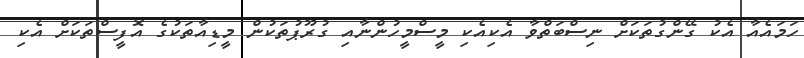
ހަމައެއާ އެކު ގޭންގުތަކަށް ނިސްބަަތްވާ އެކިއެކި މީސްމީހުންނާއި ގުރޫޕުތަކުން މީޑިއާތަކުގެެ އޮފީސްތަކަށް އެކި